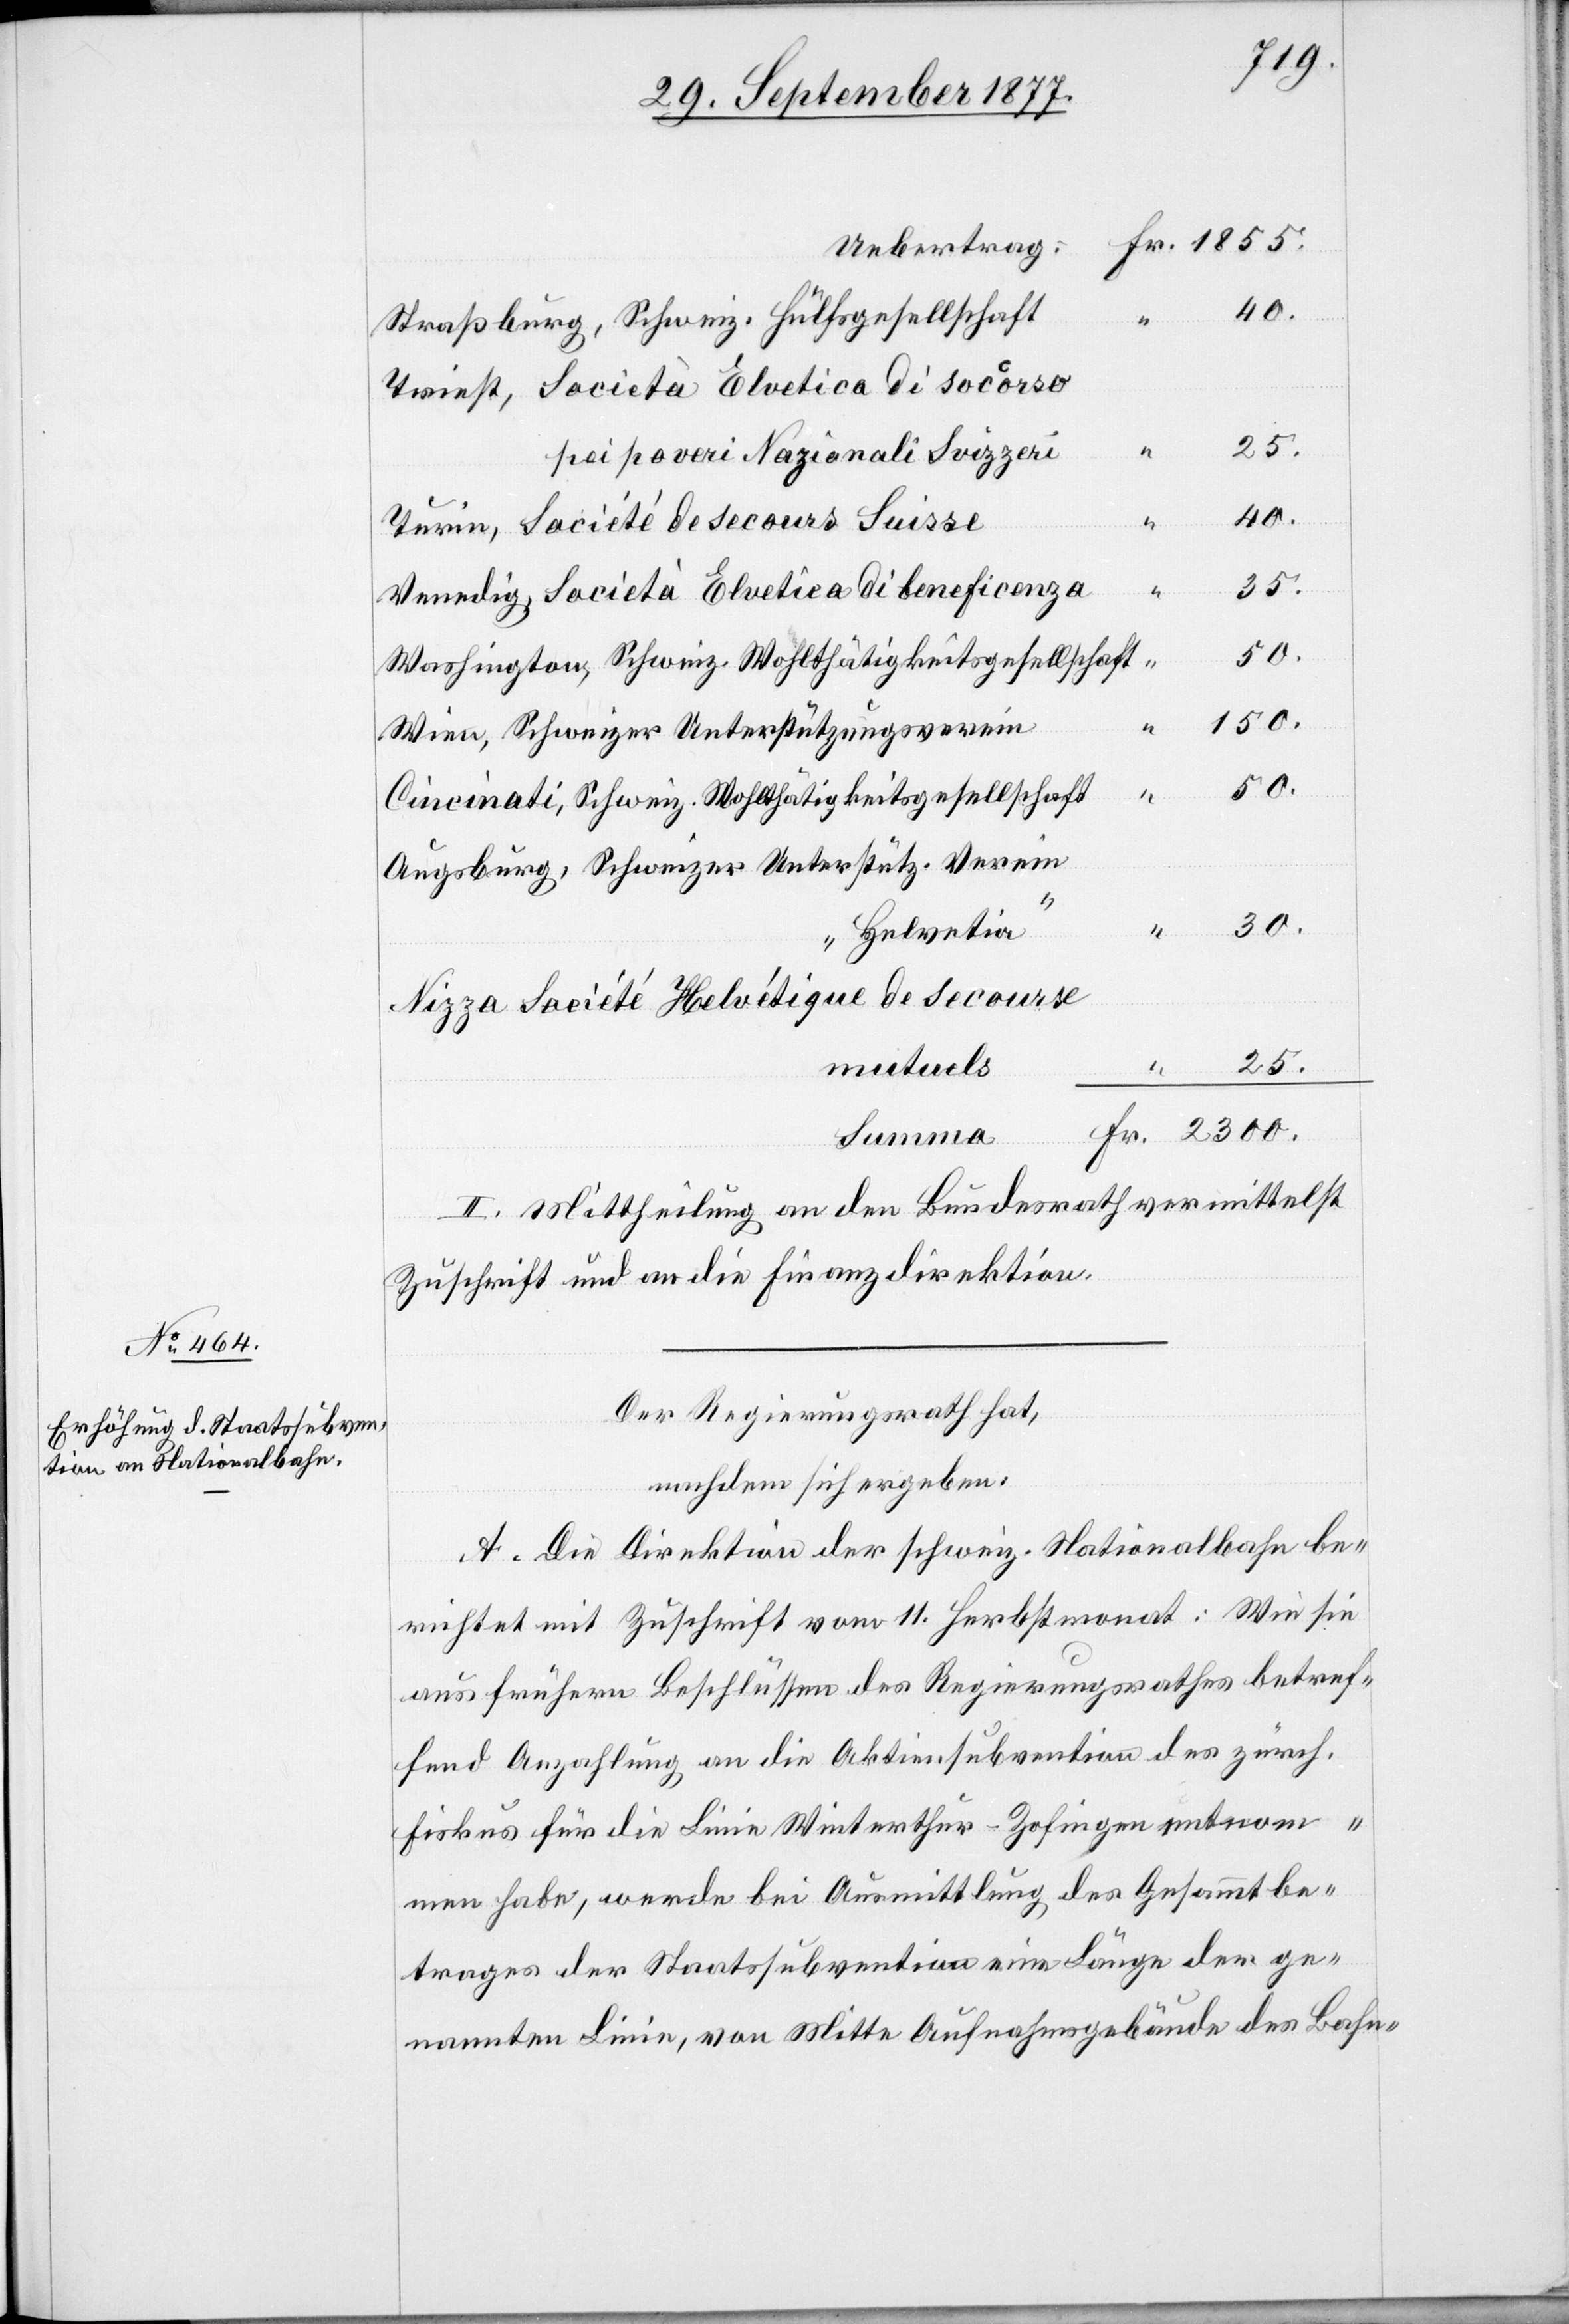
Uebertrag:
40.
Straßburg, Schweiz. Hülfsgesellschaft
Triest, Società Elvetica di soccorso
pei poveri Nazionali Svizzeri
Turin, Société de secours Suisse
35.
mutuels
Venedig, Società Elvetica di beneficenza
Washington, Schweiz. Wohlthätigkeitsgesellschaft
150.
Wien, Schweizer Unterstützungsverein
Cincinati, Schweiz. Wohlthätigkeitsgesellschaft
Augsburg, Schweizer Unterstütz. Verein
2300.
Summa
„Helvetia“
Nizza Société Helvétique de secourse
25.
Fr.
II. Mittheilung an den Bundesrath vermittelst
“
Zuschrift und an die Finanzdirektion.
Der Regierungsrath hat,
nachdem sich ergeben:
A. Die Direktion der schweiz. Nationalbahn be¬
richtet mit Zuschrift vom 11. Herbstmonat: Wie sie
aus frühern Beschlüssen des Regierungsrathes betref¬
fend Anzahlung an die Aktiensubvention des zürch.
Fiskus für die Linie Winterthur–Zofingen entnom¬
men habe, werde bei Ausmittlung des Gesammtbe¬
trages der Staatssubvention eine Länge der ge¬
nannten Linie, von Mitte Aufnahmsgebäude des Bahn-